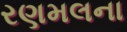
રણમલના